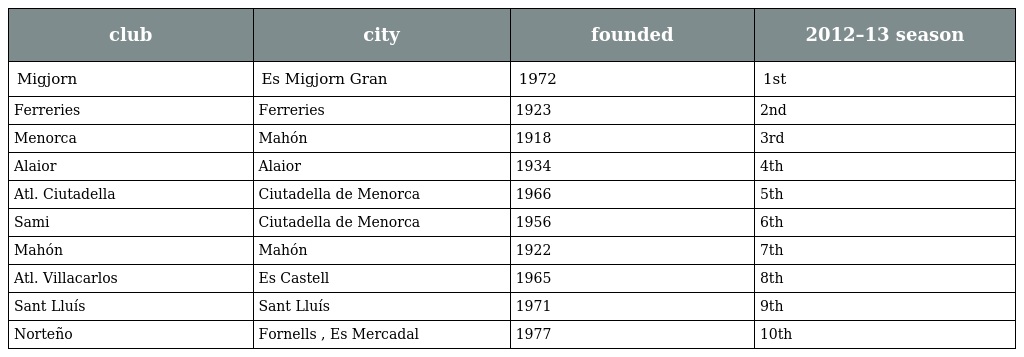
| club | city | founded | 2012–13 season |
 | --- | --- | --- | --- |
 | Migjorn | Es Migjorn Gran | 1972 | 1st |
 | Ferreries | Ferreries | 1923 | 2nd |
 | Menorca | Mahón | 1918 | 3rd |
 | Alaior | Alaior | 1934 | 4th |
 | Atl. Ciutadella | Ciutadella de Menorca | 1966 | 5th |
 | Sami | Ciutadella de Menorca | 1956 | 6th |
 | Mahón | Mahón | 1922 | 7th |
 | Atl. Villacarlos | Es Castell | 1965 | 8th |
 | Sant Lluís | Sant Lluís | 1971 | 9th |
 | Norteño | Fornells , Es Mercadal | 1977 | 10th |